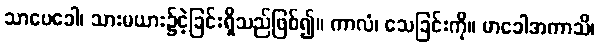
သာပေခေါ၊ သားမယား၌ငဲ့ခြင်းရှိသည်ဖြစ်၍။ ကာလံ၊ သေခြင်းကို။ မာခေါအကာသိ၊